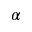
_ \alpha